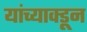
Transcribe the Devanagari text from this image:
यांच्याक्डून